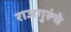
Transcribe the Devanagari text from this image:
राजगुरूंचे